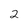
Character: 2